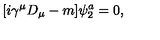
[ i \gamma ^ { \mu } D _ { \mu } - m ] \psi _ { 2 } ^ { a } = 0 ,